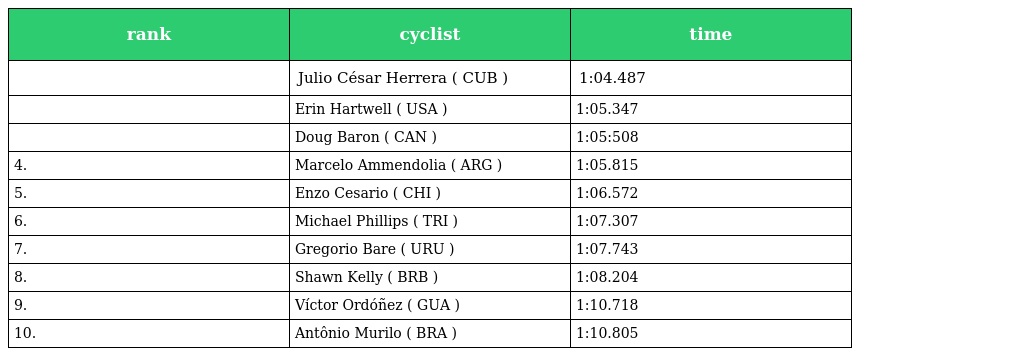
| rank | cyclist | time |
 | --- | --- | --- |
 |  | Julio César Herrera ( CUB ) | 1:04.487 |
 |  | Erin Hartwell ( USA ) | 1:05.347 |
 |  | Doug Baron ( CAN ) | 1:05:508 |
 | 4. | Marcelo Ammendolia ( ARG ) | 1:05.815 |
 | 5. | Enzo Cesario ( CHI ) | 1:06.572 |
 | 6. | Michael Phillips ( TRI ) | 1:07.307 |
 | 7. | Gregorio Bare ( URU ) | 1:07.743 |
 | 8. | Shawn Kelly ( BRB ) | 1:08.204 |
 | 9. | Víctor Ordóñez ( GUA ) | 1:10.718 |
 | 10. | Antônio Murilo ( BRA ) | 1:10.805 |